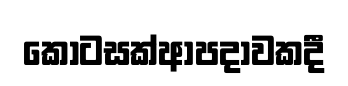
කොටසක්ආපදාවකදී